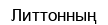
Литтонның